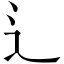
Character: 辶